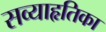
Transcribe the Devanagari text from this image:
सव्याहृतिका